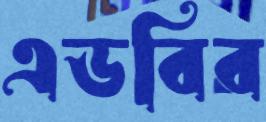
এডবির